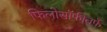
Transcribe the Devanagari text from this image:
फिलोसॉफीतर्फे